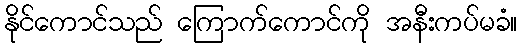
နိုင်ကောင်သည် ကြောက်ကောင်ကို အနီးကပ်မခံ။